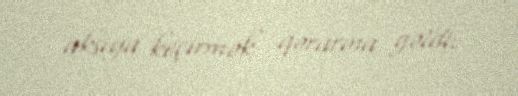
aksiya keçirmək qərarına gəldi.